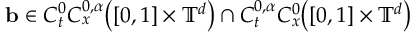
\mathbf { b } \in C _ { t } ^ { 0 } C _ { x } ^ { 0 , \alpha } \bigl ( [ 0 , 1 ] \times \ensuremath { \mathbb { T } } ^ { d } \bigr ) \cap C _ { t } ^ { 0 , \alpha } C _ { x } ^ { 0 } \bigl ( [ 0 , 1 ] \times \ensuremath { \mathbb { T } } ^ { d } \bigr )